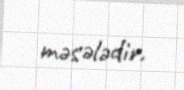
məsələdir.